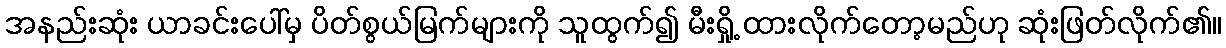
အနည်းဆုံး ယာခင်းပေါ်မှ ပိတ်စွယ်မြက်များကို သူထွက်၍ မီးရှို့ ထားလိုက်တော့မည်ဟု ဆုံးဖြတ်လိုက်၏။